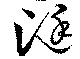
涏